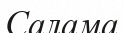
Салама